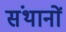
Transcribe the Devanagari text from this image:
संथानों